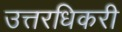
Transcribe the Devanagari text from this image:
उत्तरधिकरी